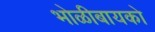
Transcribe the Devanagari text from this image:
भोळीबायको